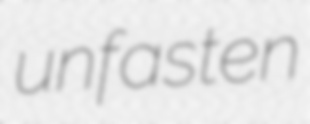
unfasten